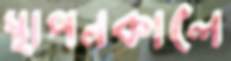
স্থাপনকালে